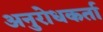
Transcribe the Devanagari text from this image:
अनुरोधकर्ता